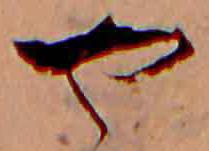
や